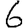
Digit: 6